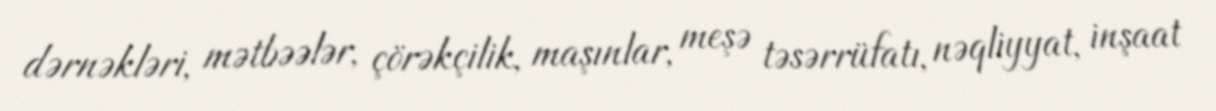
dərnəkləri, mətbəələr, çörəkçilik, maşınlar, meşə təsərrüfatı, nəqliyyat, inşaat